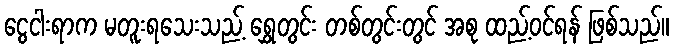
ငွေငါးရာက မတူးရသေးသည့် ရွှေတွင်း တစ်တွင်းတွင် အစု ထည့်ဝင်ရန် ဖြစ်သည်။